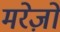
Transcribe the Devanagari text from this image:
मरेज़ों